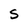
Character: S